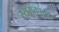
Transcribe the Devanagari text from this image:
स्यमंतपंचक